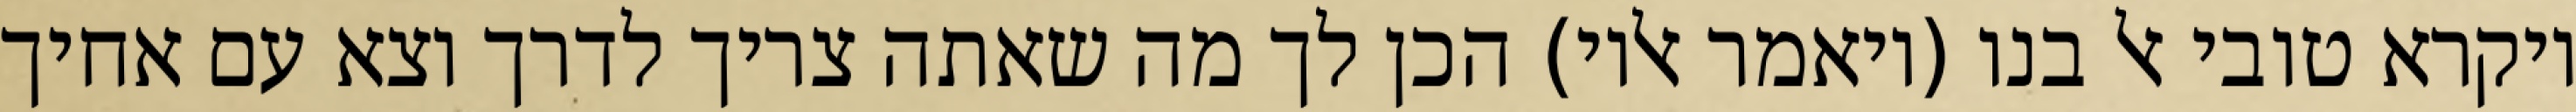
ויקרא טובי אל בנו (ויאמר אליו) הכן לך מה שאתה צריך לדרך וצא עם אחיך